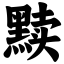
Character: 黩